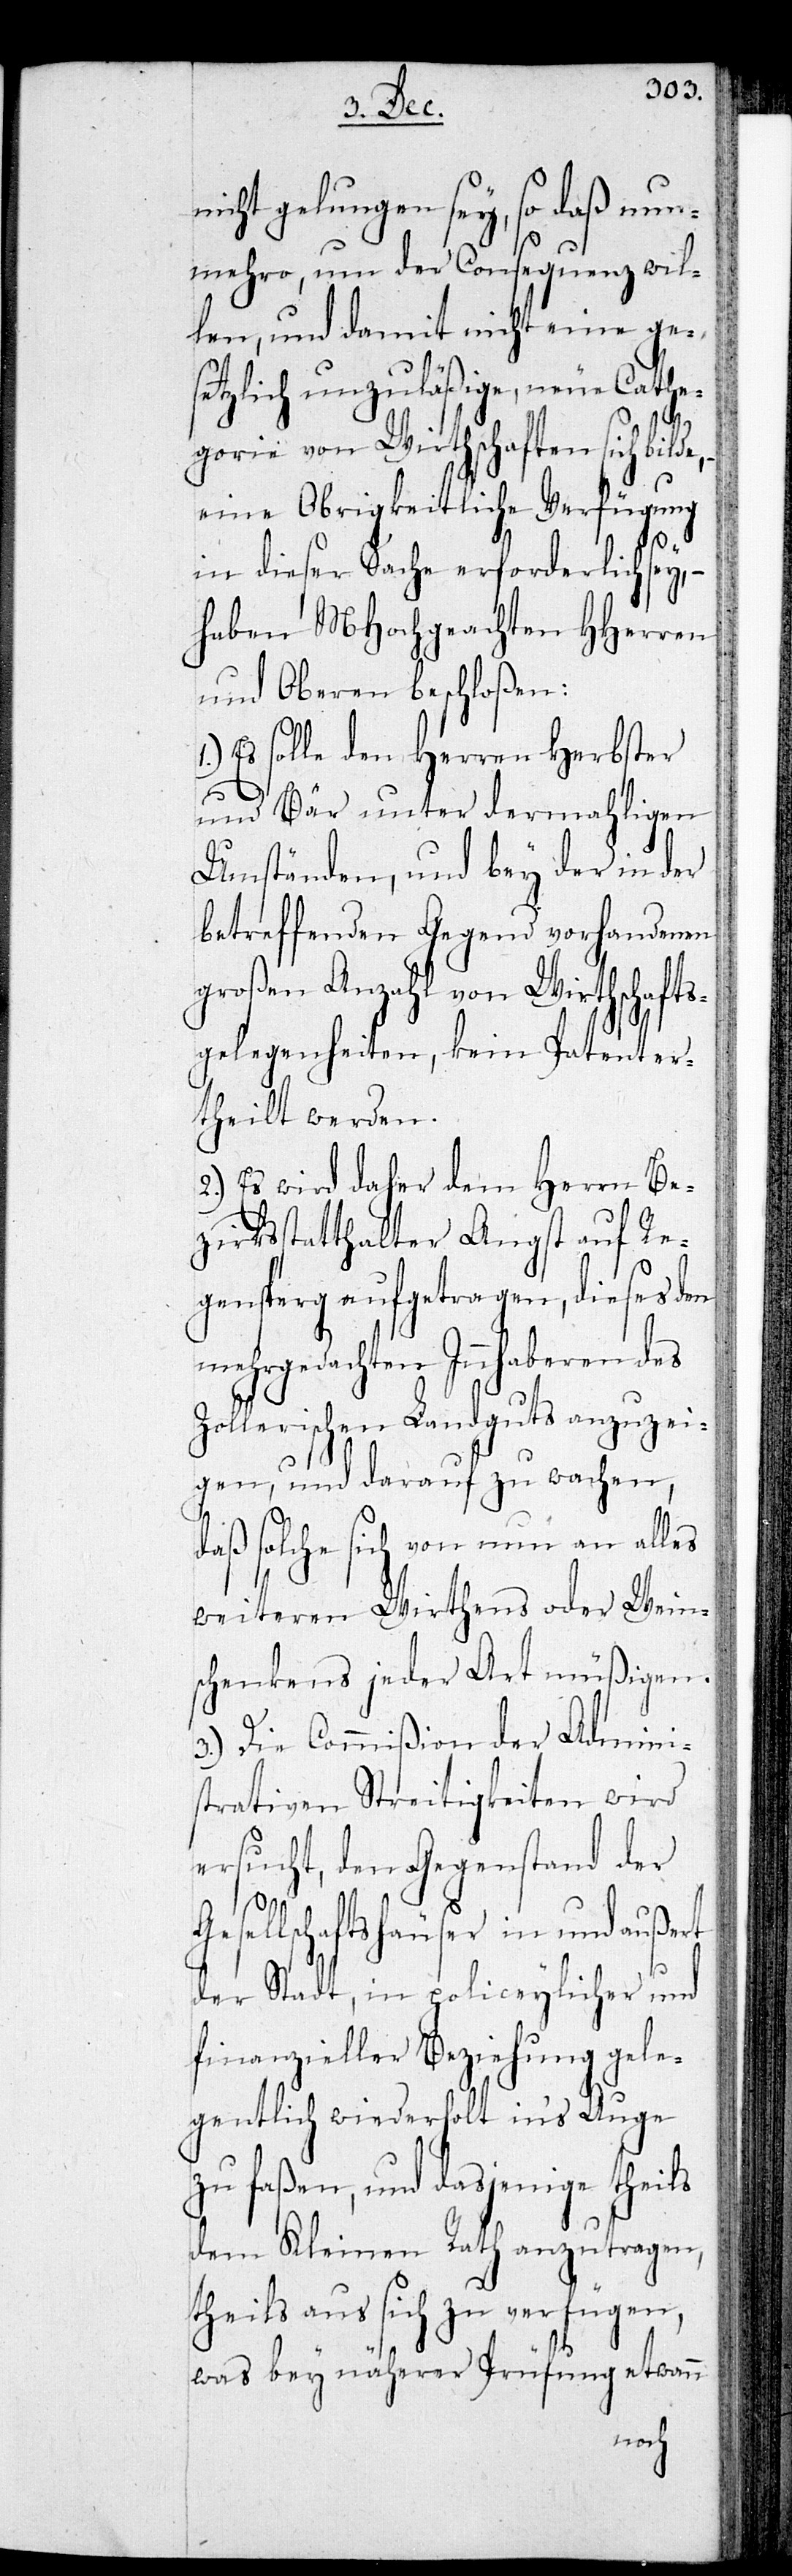
icht gelungen sey, so daß nun¬
mehro, um der Consequenz wil¬
len, und damit nicht eine ge¬
setzlich unzuläßige, neue Cathe¬
n¬
gorie von Wirthschaften sich bilde,
eine Obrigkeitliche Verfügung
in dieser Sache erforderlich sey,
haben MHochgeachten HHerren
und Oberen beschloßen:
Es solle den Herren Herbster
und Bär unter dermahligen
Umständen, und bey der in der
betreffenden Gegend vorhandenen
großen Anzahl von Wirthschafts¬
gelegenheiten, kein Patent er¬
theilt werden.
2.) Es wird daher dem Herrn Be¬
zirksstatthalter Angst auf Re¬
gensberg aufgetragen, dieses den
mehrgedachten Innhaberen des
Zollerischen Landguts anzuzei¬
gen, und darauf zu wachen,
daß solche sich von nun an alles
weiteren Wirthens oder Wein¬
schenkens jeder Art müßigen.
3.) Die Commißion der Admini¬
strativen Streitigkeiten wird
ersucht, den Gegenstand der
Gesellschaftshäuser in und außert
der Stadt, in policeylicher und
finanzieller Beziehung gele¬
gentlich wiederholt in’s Auge
zu faßen, und dasjenige theils
dem Kleinen Rath anzutragen,
theils aus sich zu verfügen,
was bey näherer Prüfung etwann